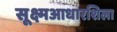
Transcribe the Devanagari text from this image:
सूक्ष्मआधारशिला